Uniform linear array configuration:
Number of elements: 12
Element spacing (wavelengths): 0.25
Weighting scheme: exponential
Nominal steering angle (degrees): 15
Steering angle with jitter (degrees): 15.23
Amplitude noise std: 0.05
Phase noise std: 0.05

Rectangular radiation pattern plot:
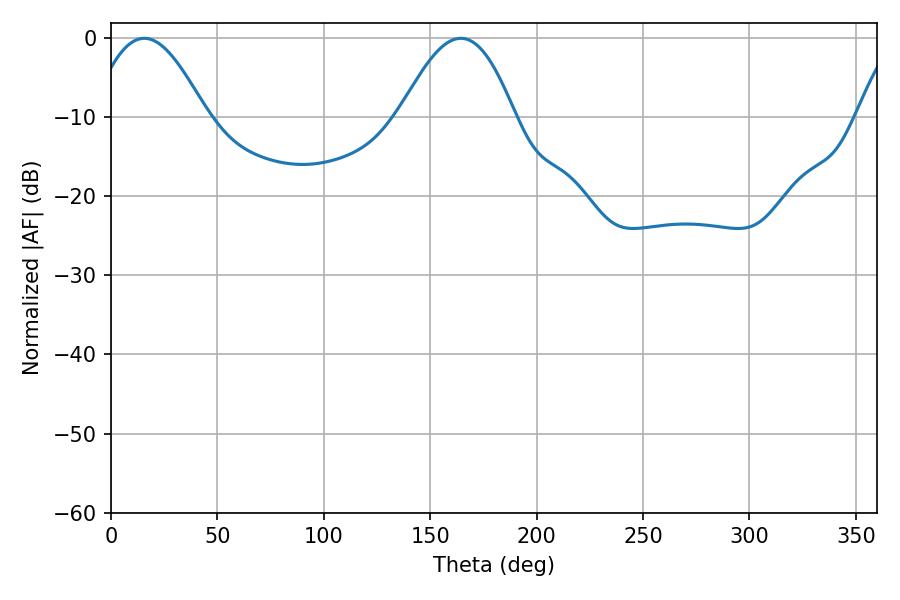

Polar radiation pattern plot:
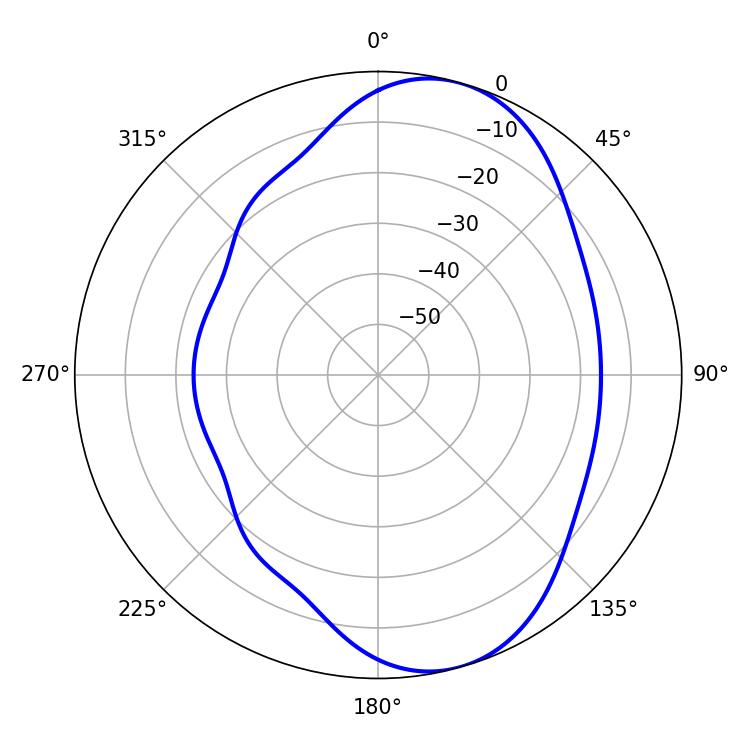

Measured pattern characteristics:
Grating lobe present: FALSE
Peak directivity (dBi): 7.642
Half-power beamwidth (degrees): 29.16
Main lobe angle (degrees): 15.66